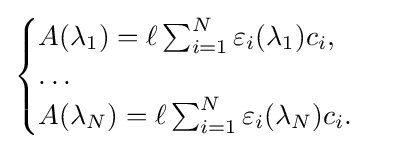
{\begin{cases}A(\lambda _{1})=\ell \sum _{i=1}^{N}\varepsilon _{i}(\lambda _{1})c_{i},\\\ldots \\A(\lambda _{N})=\ell \sum _{i=1}^{N}\varepsilon _{i}(\lambda _{N})c_{i}.\\\end{cases}}